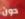
دون